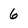
Character: 6